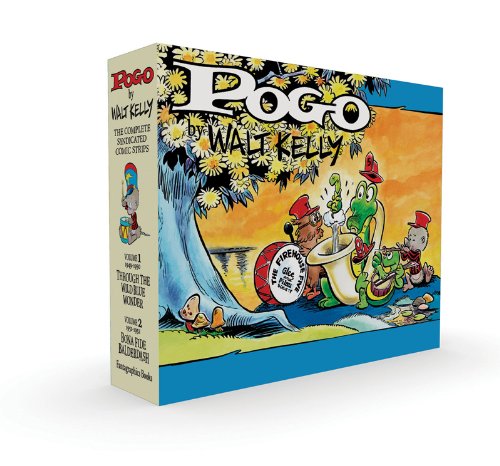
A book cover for Pogo Vol. 1 & 2 Box Set (Vol. 1&2)  (Walt Kelly's Pogo); Walt Kelly; Comics & Graphic Novels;